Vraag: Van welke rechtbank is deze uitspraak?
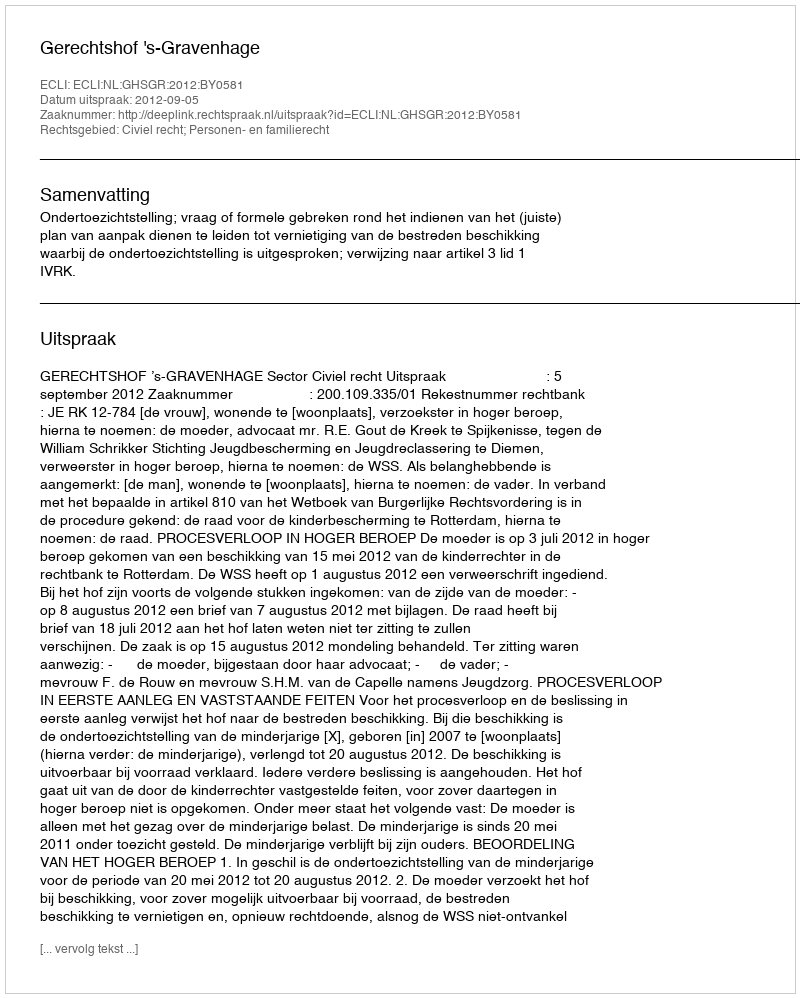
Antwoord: Gerechtshof 's-Gravenhage